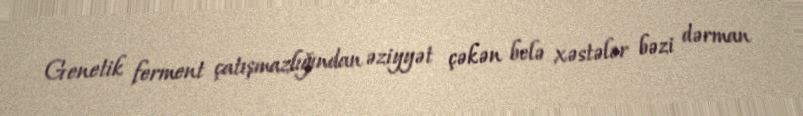
Genetik ferment çatışmazlığından əziyyət çəkən belə xəstələr bəzi dərman